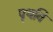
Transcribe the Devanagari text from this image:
पृथवि